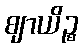
ဈာယိဉ္စ